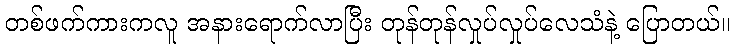
တစ်ဖက်ကားကလူ အနားရောက်လာပြီး တုန်တုန်လှုပ်လှုပ်လေသံနဲ့ ပြောတယ်။